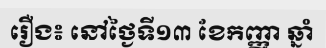
រឿង៖ នៅថ្ងៃទី១៣ ខែកញ្ញា ឆ្នាំ